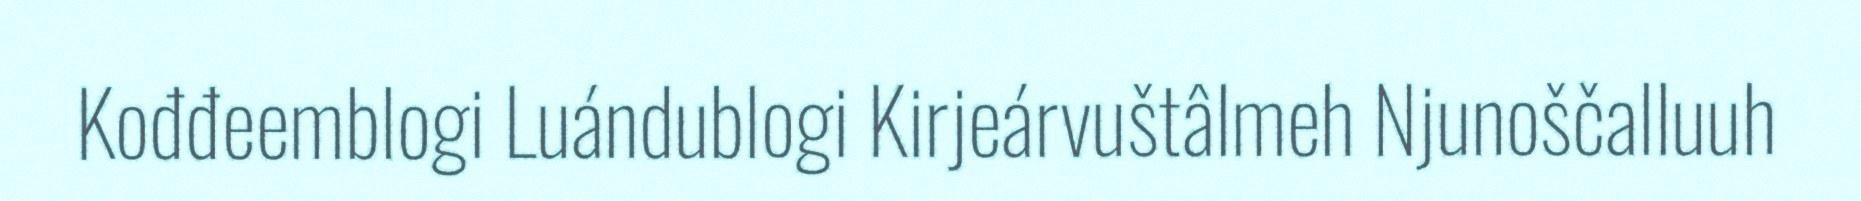
Kođđeemblogi Luándublogi Kirjeárvuštâlmeh Njunoščalluuh